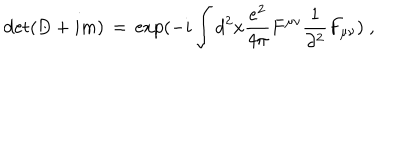
LaTeX: \det ( \not \! \! D + i m ) \, = \, \exp ( - i \int d ^ { 2 } x \frac { e ^ { 2 } } { 4 \pi } F ^ { \mu \nu } \frac { 1 } { \partial ^ { 2 } } F _ { \mu \nu } ) \; ,